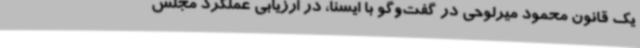
یک قانون محمود میرلوحی در گفت‌وگو با ایسنا،‌ در ارزیابی عملکرد مجلس